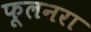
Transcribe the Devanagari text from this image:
फूलनरा